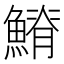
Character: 𩺀